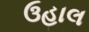
ઉહાલ